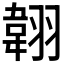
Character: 𦑻